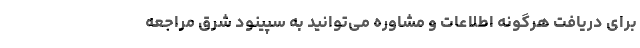
برای دریافت هرگونه اطلاعات و مشاوره می‌توانید به سپینود شرق مراجعه